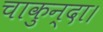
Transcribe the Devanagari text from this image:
चाकुन्दा।